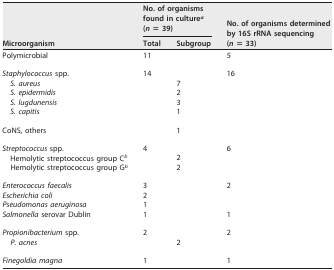
<table><thead><tr><td rowspan="2"><b>Microorganism</b></td><td colspan="2"><b>No. of organisms found in culture<sup><i>a</i></sup> (<i>n</i> = 39)</b></td><td rowspan="2"><b>No. of organisms determined by 16S rRNA sequencing (<i>n</i> = 33)</b></td></tr><tr><td><b>Total</b></td><td><b>Subgroup</b></td></tr></thead><tbody><tr><td>Polymicrobial</td><td>11</td><td></td><td>5</td></tr><tr><td>Staphylococcus spp.</td><td>14</td><td></td><td>16</td></tr><tr><td>S. aureus</td><td></td><td>7</td><td></td></tr><tr><td>S. epidermidis</td><td></td><td>2</td><td></td></tr><tr><td>S. lugdunensis</td><td></td><td>3</td><td></td></tr><tr><td>S. capitis</td><td></td><td>1</td><td></td></tr><tr><td>CoNS, others</td><td></td><td>1</td><td></td></tr><tr><td>Streptococcus spp.</td><td>4</td><td></td><td>6</td></tr><tr><td>Hemolytic streptococcus group C<sup><i>b</i></sup></td><td></td><td>2</td><td></td></tr><tr><td>Hemolytic streptococcus group G<sup><i>b</i></sup></td><td></td><td>2</td><td></td></tr><tr><td>Enterococcus faecalis</td><td>3</td><td></td><td>2</td></tr><tr><td>Escherichia coli</td><td>2</td><td></td><td></td></tr><tr><td>Pseudomonas aeruginosa</td><td>1</td><td></td><td></td></tr><tr><td>Salmonella serovar Dublin</td><td>1</td><td></td><td>1</td></tr><tr><td>Propionibacterium spp.</td><td>2</td><td></td><td>2</td></tr><tr><td>P. acnes</td><td></td><td>2</td><td></td></tr><tr><td>Finegoldia magna</td><td>1</td><td></td><td>1</td></tr></tbody></table>